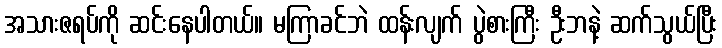
အသားဇရပ်ကို ဆင်းနေပါတယ်။ မကြာခင်ဘဲ ထန်းလျက် ပွဲစားကြီး ဦးဘနဲ့ ဆက်သွယ်ပြီး